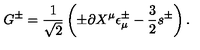
G ^ { \pm } = { \frac { 1 } { \sqrt 2 } } \left( \pm \partial X ^ { \mu } \epsilon _ { \mu } ^ { \pm } - { \frac { 3 } { 2 } } s ^ { \pm } \right) .